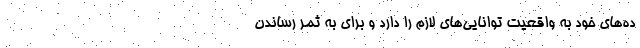
ده‌های خود به واقعیت توانایی‌های لازم را دارد و برای به ثمر رساندن